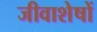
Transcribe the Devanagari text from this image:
जीवाशेषों